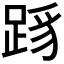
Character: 𬦳